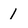
Character: 1